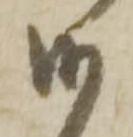
候